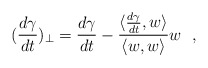
\begin{align*}(\frac{d\gamma}{dt})_\perp = \frac{d\gamma}{dt} - \frac{\langle \frac{d\gamma}{dt}, w \rangle} {\langle w,w \rangle} w\ \ ,\end{align*}